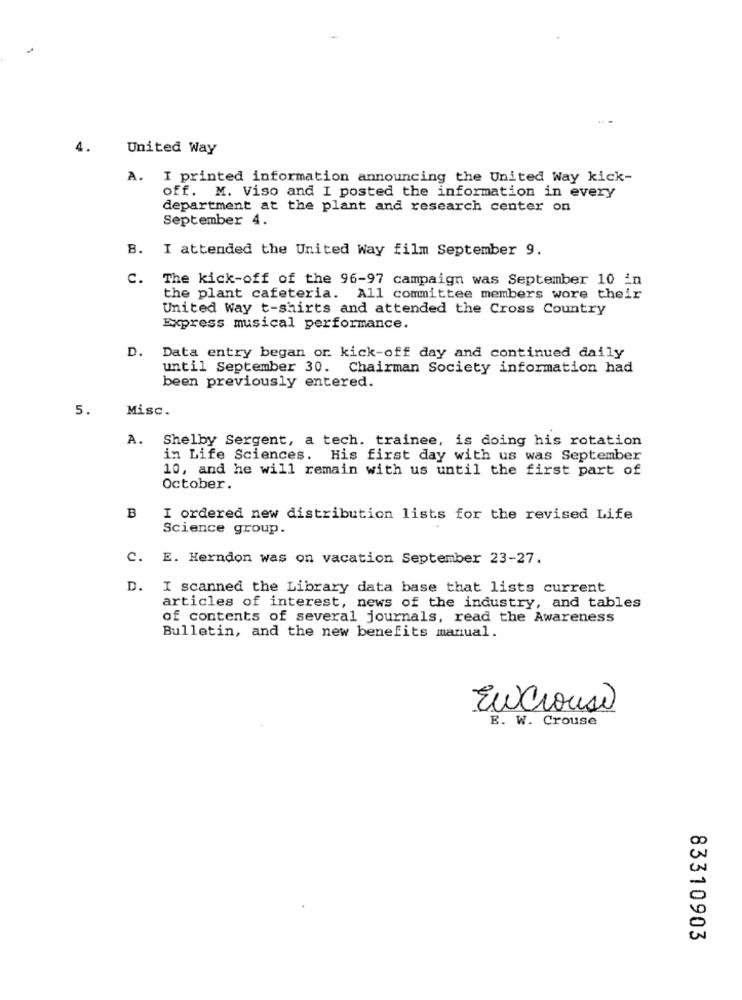
4.
United Way
A. I printed information announcing the United Way kick-
off. M. Viso and I posted the information in every
department at the plant and research center on
September 4.
B. I attended the United Way film September 9.
C. The kick-off of the 96-97 campaign was September 10 in
the plant cafeteria. All committee members wore their
United Way t-shirts and attended the Cross Country
Express musical performance.
D. Data entry began or kick-off day and continued daily
until September 30. Chairman Society information had
been previously entered.
5.
Misc.
A.
Shelby Sergent, a tech. trainee, is doing his rotation
in Life Sciences. His first day with us was September
10, and he will remain with us until the first part of
October.
B
I ordered new distribution lists for the revised Life
Science group.
C.
E. Herndon was on vacation September 23-27.
D. I scanned the Library data base that lists current
articles of interest, news of the industry, and tables
of contents of several journals, read the Awareness
Bulletin, and the new benefits manual.
Encrouse
E. W. Crouse
83310903